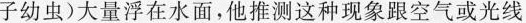
子幼虫)大量浮在水面，他推测这种现象跟空气或光线